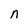
Character: n